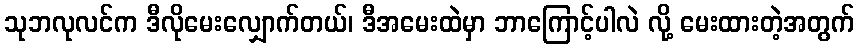
သုဘလုလင်က ဒီလိုမေးလျှောက်တယ်၊ ဒီအမေးထဲမှာ ဘာကြောင့်ပါလဲ လို့ မေးထားတဲ့အတွက်